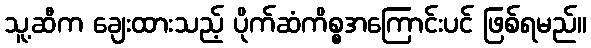
သူ့ဆီက ချေးထားသည့် ပိုက်ဆံကိစ္စအကြောင်းပင် ဖြစ်ရမည်။